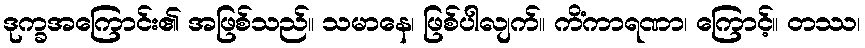
ဒုက္ခအကြောင်း၏ အဖြစ်သည်။ သမာနေ၊ ဖြစ်ပါလျက်။ ကိံကာရဏာ၊ ကြောင့်။ တဿ၊